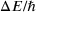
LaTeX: \Delta { E } / \hbar